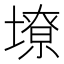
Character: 㙩